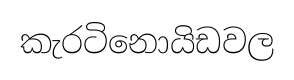
කැරටිනොයිඩවල